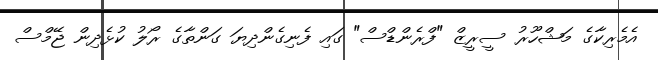
އެމެރިކާގެ މަޝްހޫރު ސީރީޒް "ފްރެންޑްސް" ގައި ފެނިގެންދިޔަ ގަންތާގެ ރޯލު ކުޅެދިން ޖޭމްސް